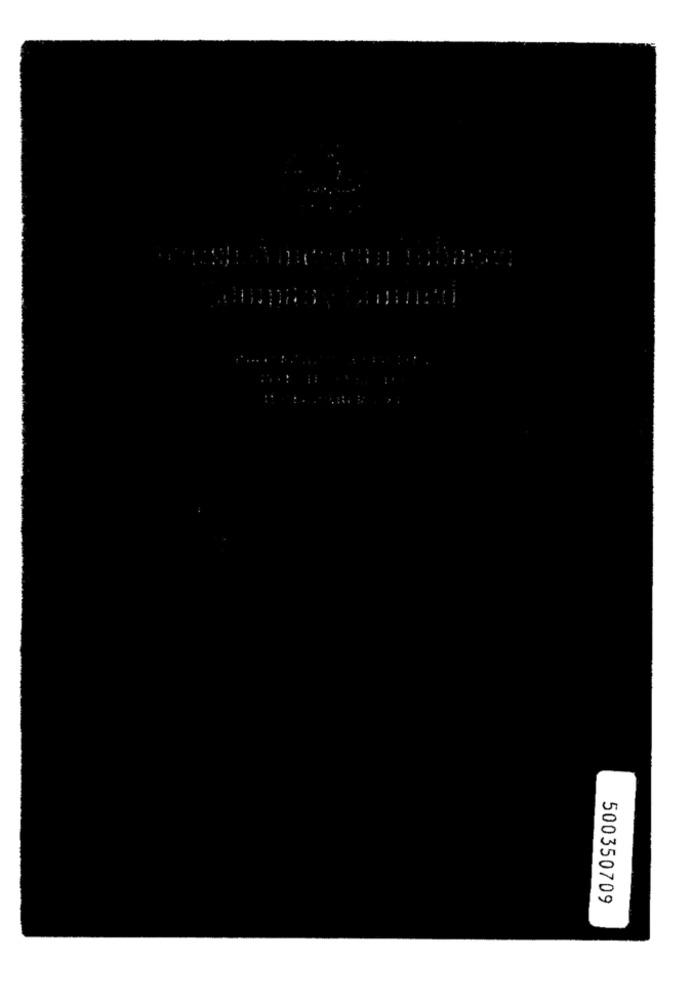
500350709